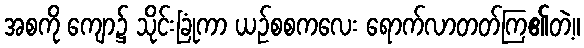
အစကို ကျော၌ သိုင်းခြုံကာ ယဉ်စစကလေး ရောက်လာတတ်ကြ၏တဲ့။